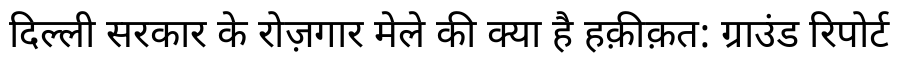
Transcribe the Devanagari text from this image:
दिल्ली सरकार के रोज़गार मेले की क्या है हक़ीक़त: ग्राउंड रिपोर्ट